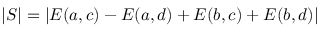
| S | = | E ( a , c ) - E ( a , d ) + E ( b , c ) + E ( b , d ) |